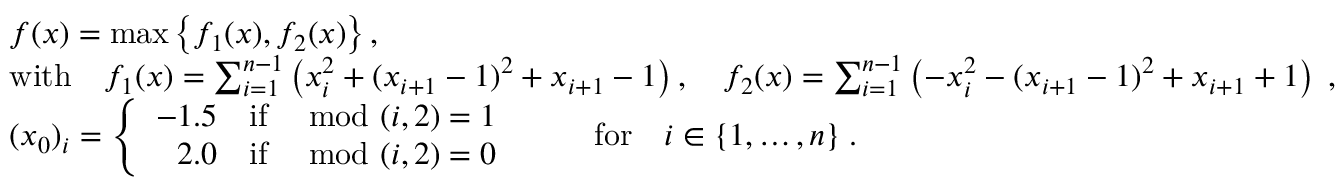
\begin{array} { r l r } & { f ( x ) = \operatorname* { m a x } \left\{ f _ { 1 } ( x ) , f _ { 2 } ( x ) \right\} , } & \\ & { \mathrm { w i t h } \quad f _ { 1 } ( x ) = \sum _ { i = 1 } ^ { n - 1 } \left( x _ { i } ^ { 2 } + ( x _ { i + 1 } - 1 ) ^ { 2 } + x _ { i + 1 } - 1 \right) , \quad f _ { 2 } ( x ) = \sum _ { i = 1 } ^ { n - 1 } \left( - x _ { i } ^ { 2 } - ( x _ { i + 1 } - 1 ) ^ { 2 } + x _ { i + 1 } + 1 \right) \; , } \\ & { ( x _ { 0 } ) _ { i } = \left\{ \begin{array} { l l } { - 1 . 5 } & { \mathrm { i f } \; \mod ( i , 2 ) = 1 } \\ { \phantom { - } 2 . 0 } & { \mathrm { i f } \; \mod ( i , 2 ) = 0 \; } \end{array} \right. \qquad \mathrm { f o r } \quad i \in \{ 1 , \ldots , n \} \; . } \end{array}